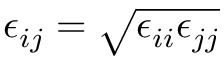
\epsilon _ { i j } = \sqrt { \epsilon _ { i i } \epsilon _ { j j } }